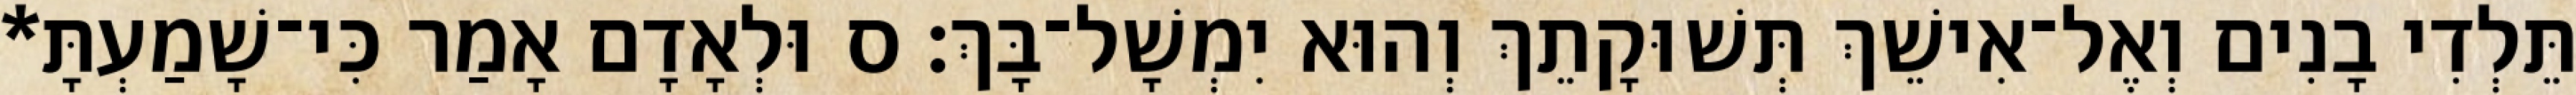
תֵּלְדִי בָנִים וְאֶל־אִישֵׁךְ תְּשׁוּקָתֵךְ וְהוּא יִמְשָׁל־בָּךְ׃ ס וּלְאָדָם אָמַר כִּי־שָׁמַעְתָּ*